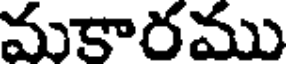
మకారము